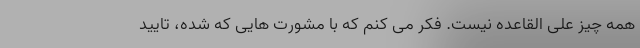
همه چیز علی القاعده نیست. فکر می کنم که با مشورت هایی که شده، تایید